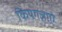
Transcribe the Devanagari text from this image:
कियगज़ाएे